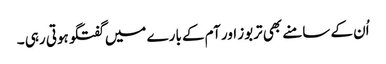
اُن کے سامنے بھی تربوز اور آم کے بارے میں گفتگو ہوتی رہی ۔